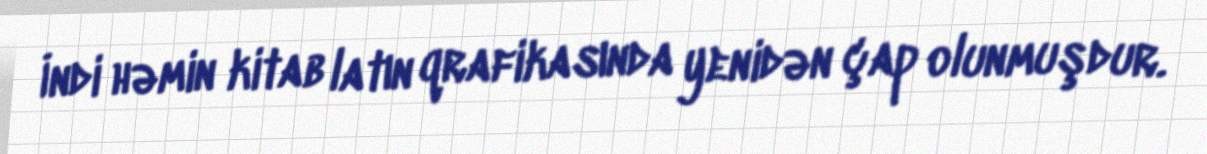
İndi həmin kitab latın qrafikasında yenidən çap olunmuşdur.